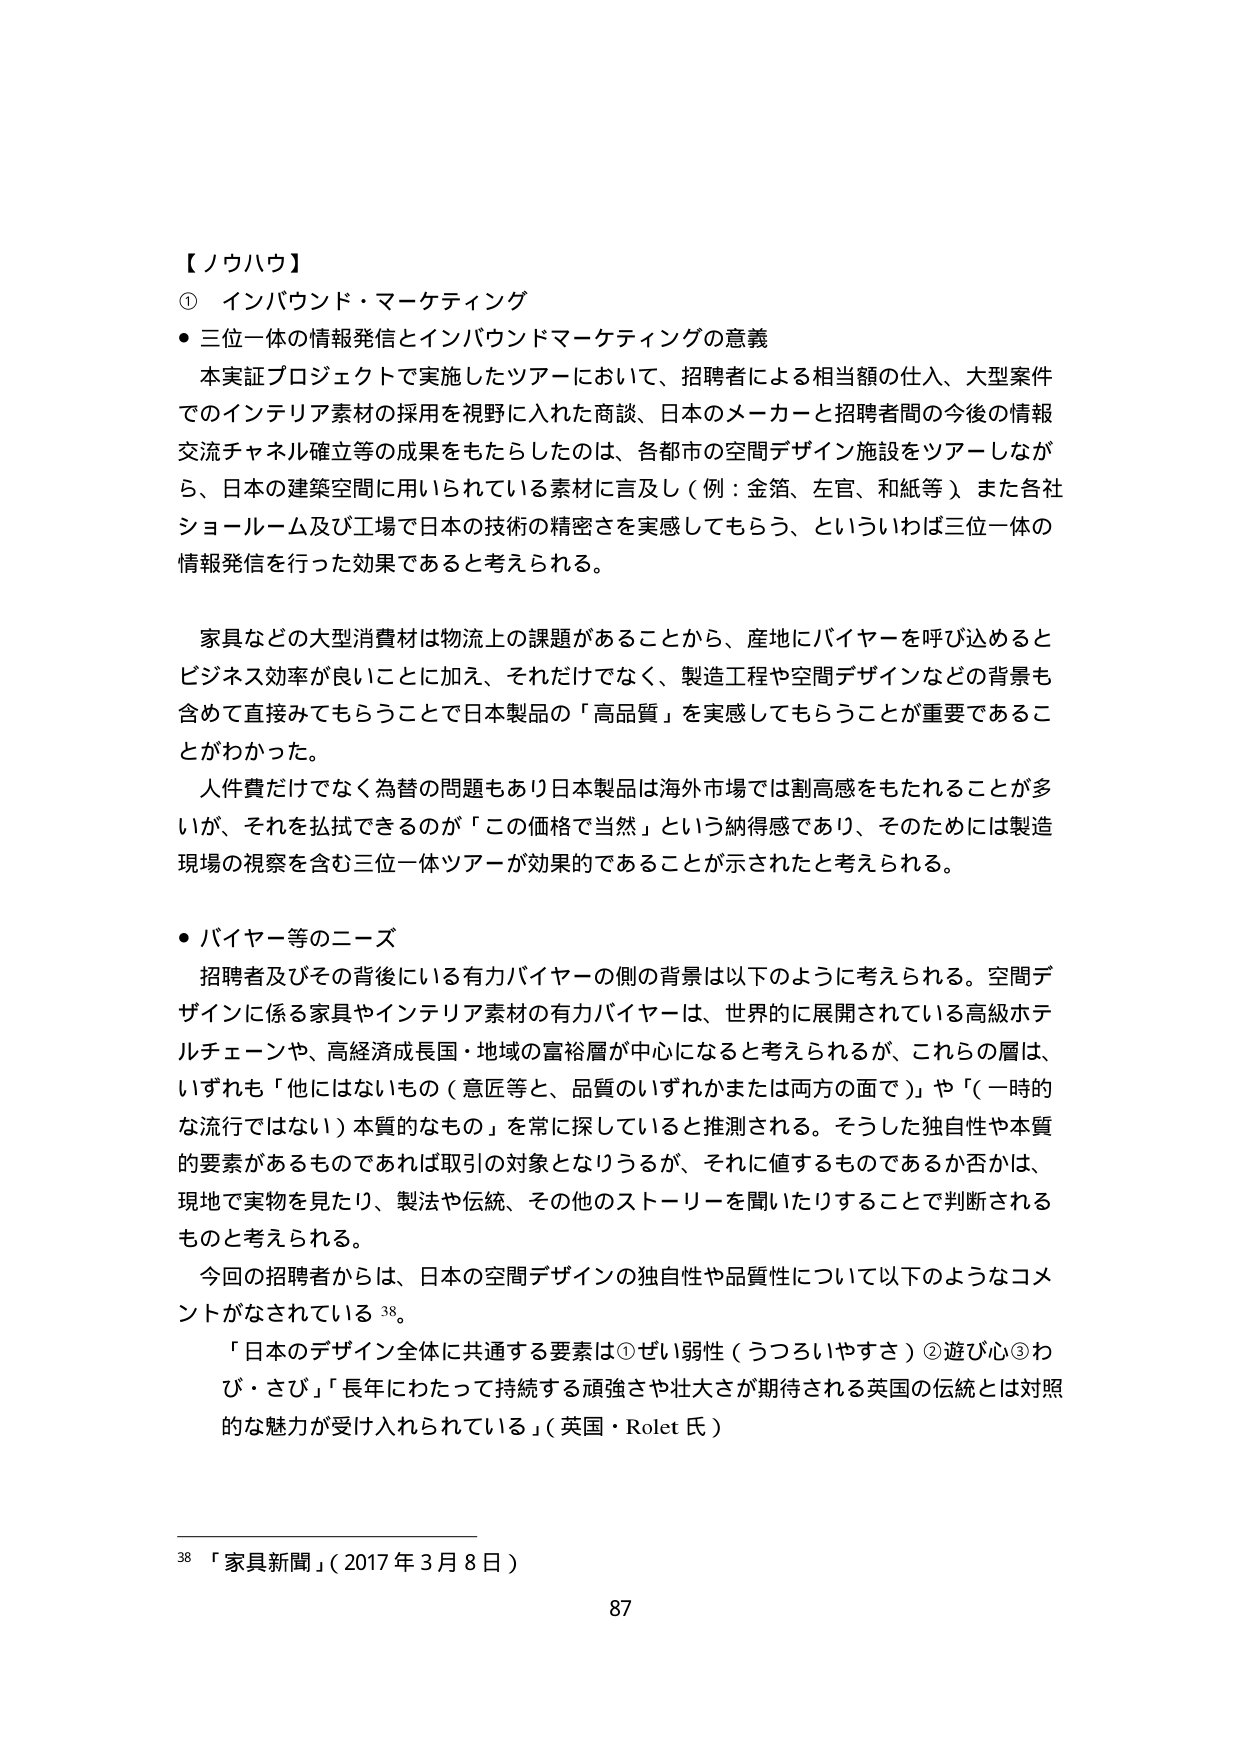
【ノウハウ】
① インバウンド・マーケティング
・三位一体の情報発信とインバウンドマーケティングの意義
　本実証プロジェクトで実施したツアーにおいて、招聘者による相当額の仕入、大型案件でのインテリア素材の採用を視野に入れた商談、日本のメーカーと招聘者間の今後の情報交流チャネル確立等の成果をもたらしたのは、各都市の空間デザイン施設をツアーしながら、日本の建築空間に用いられている素材に言及し（例：金箔、左官、和紙等）、また各社ショールーム及び工場で日本の技術の精密さを実感してもらう、といういわば三位一体の情報発信を行った効果であると考えられる。

　家具などの大型消費材は物流上の課題があることから、産地にバイヤーを呼び込むとビジネス効率が良いことに加え、それだけでなく、製造工程や空間デザインなどの背景も含めて直接みてもらうことで日本製品の「高品質」を実感してもらうことが重要であることがわかった。
　人件費だけでなく為替の問題もあり日本製品は海外市場では割高感をもたれることが多いが、それを払拭できるのが「この価格で当然」という納得感であり、そのためには製造現場の視察を含む三位一体ツアーが効果的であることが示されたと考えられる。

・バイヤー等のニーズ
　招聘者及びその背後にある有力バイヤーの側の背景は以下のように考えられる。空間デザインに係る家具やインテリア素材の有力バイヤーは、世界的に展開されている高級ホテルチェーンや、高経済成長国・地域の富裕層が中心になると考えられるが、これらの層は、いずれも「他にはないもの（意匠等と、品質のいずれかまたは両方の面で）」や「（一時的な流行ではない）本質的なもの」を常に探していると推測される。そうした独自性や本質的要素があるものであれば取引の対象となりうるが、それに値するものであるか否かは、現地で実物を見たり、製法や伝統、その他のストーリーを聞いたりすることで判断されるものと考えられる。
　今回の招聘者からは、日本の空間デザインの独自性や品質性について以下のようなコメントがなされている 38。
　「日本のデザイン全体に共通する要素は①ぜい弱性（うつろいやすさ）②遊び心③わび・さび」「長年にわたって持続する頑強さや壮大さが期待される英国の伝統とは対照的な魅力が受け入れられている」（英国・Rolet 氏）

38 「家具新聞」（2017年3月8日）
87